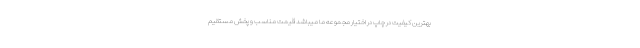
بهترین کیفیت در چاپ در اختیار مجموعه ما میباشد قیمت مناسب و پخش مستقیم